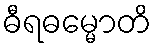
ဓီရဓမ္မောတိ